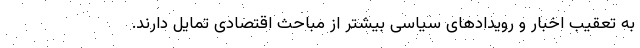
به تعقیب اخبار و رویدادهای سیاسی بیشتر از مباحث اقتصادی تمایل دارند.